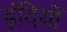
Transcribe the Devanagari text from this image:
इंदियों